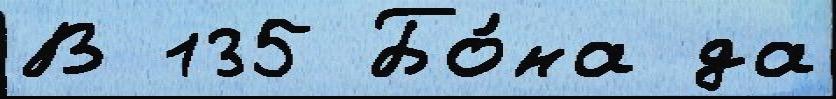
В 135 Бо́на да